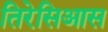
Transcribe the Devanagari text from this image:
तिरेसिआस